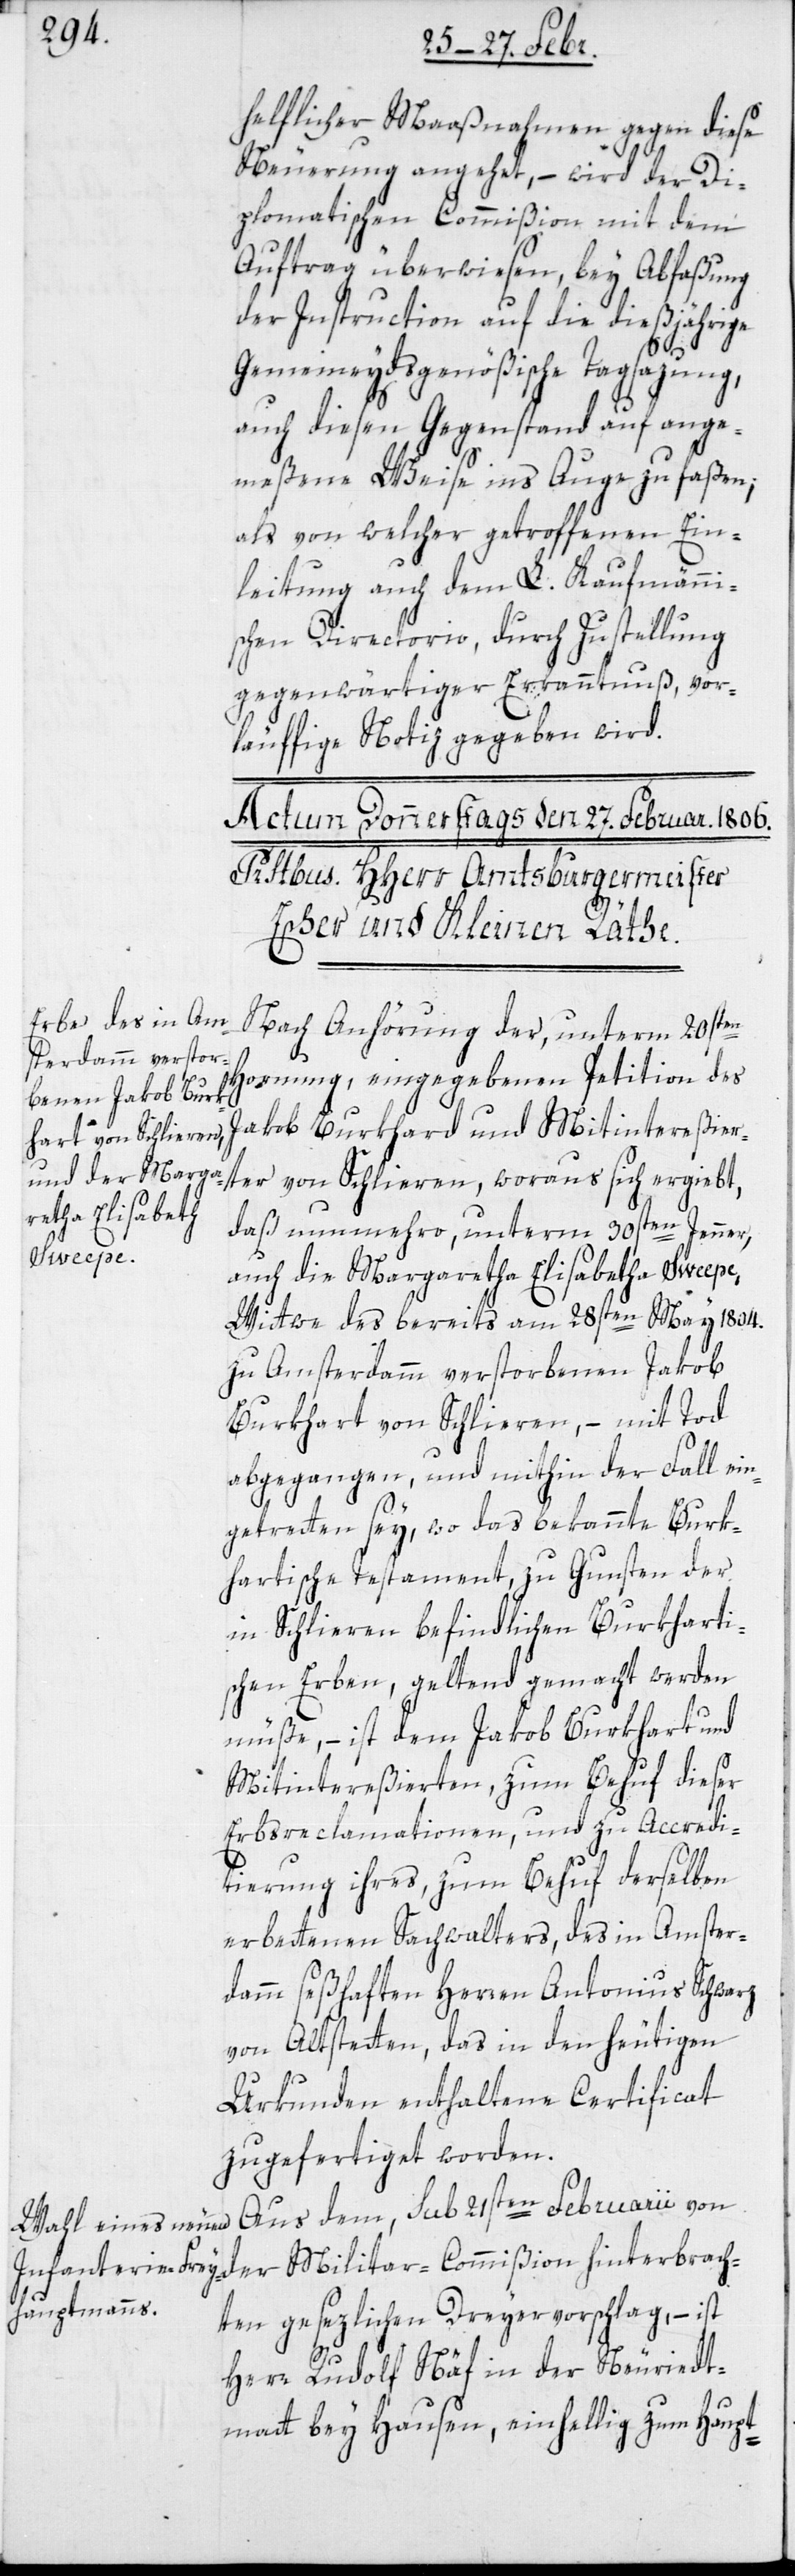
helflicher Maaßnahmen gegen diese
Neuerung angehet, – wird der Di¬
plomatischen Commißion mit dem
Auftrag überwiesen, bey Abfaßung
der Instruction auf die dießjährige
Gemeineydsgenößische Tagsazung,
auch diesen Gegenstand auf ange¬
meßene Weise ins Auge zu faßen;
als von welcher getroffenen Ein¬
leitung auch dem L. Kaufmänni¬
schen Directorio, durch Zustellung
gegenwärtiger Erkanntnuß, vor¬
läuffige Notiz gegeben wird.
Nach Anhörung der, unterm 20sten
Hornung, eingegebenen Petition des
Jakob Burkhart und Mitintereßier¬
ter von Schlieren, woraus sich ergiebt,
daß nunmehro unterm 30sten Jenner,
auch die Margaretha Elisabetha Sweepe,
Wittwe des bereits am 28sten May 1804.
zu Amsterdamm verstorbenen Jakob
Burkhart von Schlieren, – mit Tod
abgegangen, und mithin der Fall ein¬
getretten sey, wo das bekannte Burk¬
hartische Testament, zu Gunsten der
in Schlieren befindlichen Burkharti¬
schen Erben, geltend gemacht werden
müße, – ist dem Jakob Burkhart und
Mitintereßierten, zum Behuf dieser
Erbs-Reclamationen und zu Accredi¬
tierung ihres, zum Behuf derselben
erbettenen Sachwalters, des in Amster¬
damm seßhaften Herren Antonius Schwarz
von Altstetten, das in den heutigen
Urkunden enthaltene Certificat
zugefertiget worden.
Aus dem, sub 21sten Februarii von
der Militar-Commißion hinterbrach¬
ten gesezlichen Dreyervorschlag, – ist
Herr Rudolf Näf in der Neuriedt¬
matt bey Hausen, einhellig zum Haupt-